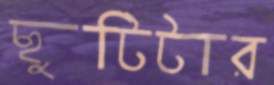
ছুটিটার